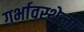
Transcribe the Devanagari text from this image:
गर्भावस्थेला